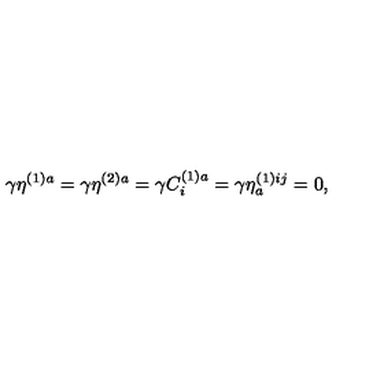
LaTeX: \gamma \eta ^ { ( 1 ) a } = \gamma \eta ^ { ( 2 ) a } = \gamma C _ { i } ^ { ( 1 ) a } = \gamma \eta _ { a } ^ { ( 1 ) i j } = 0 ,